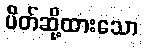
ပိတ်ဆို့ထားသော